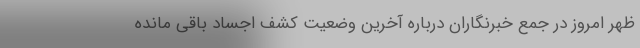
ظهر امروز در جمع خبرنگاران درباره آخرین وضعیت کشف اجساد باقی مانده